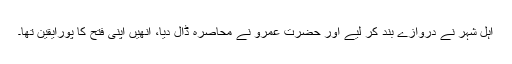
اہل شہر نے دروازے بند کر لیے اور حضرت عمرو نے محاصرہ ڈال دیا، انھیں اپنی فتح کا پورایقین تھا۔